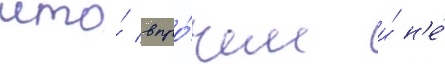
что́ впро́чем и́ н'е́